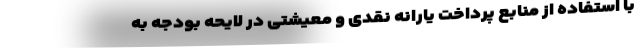
با استفاده از منابع پرداخت یارانه نقدی و معیشتی در لایحه بودجه به